Tartu_pedagoogiumi_aruanded, lk 24
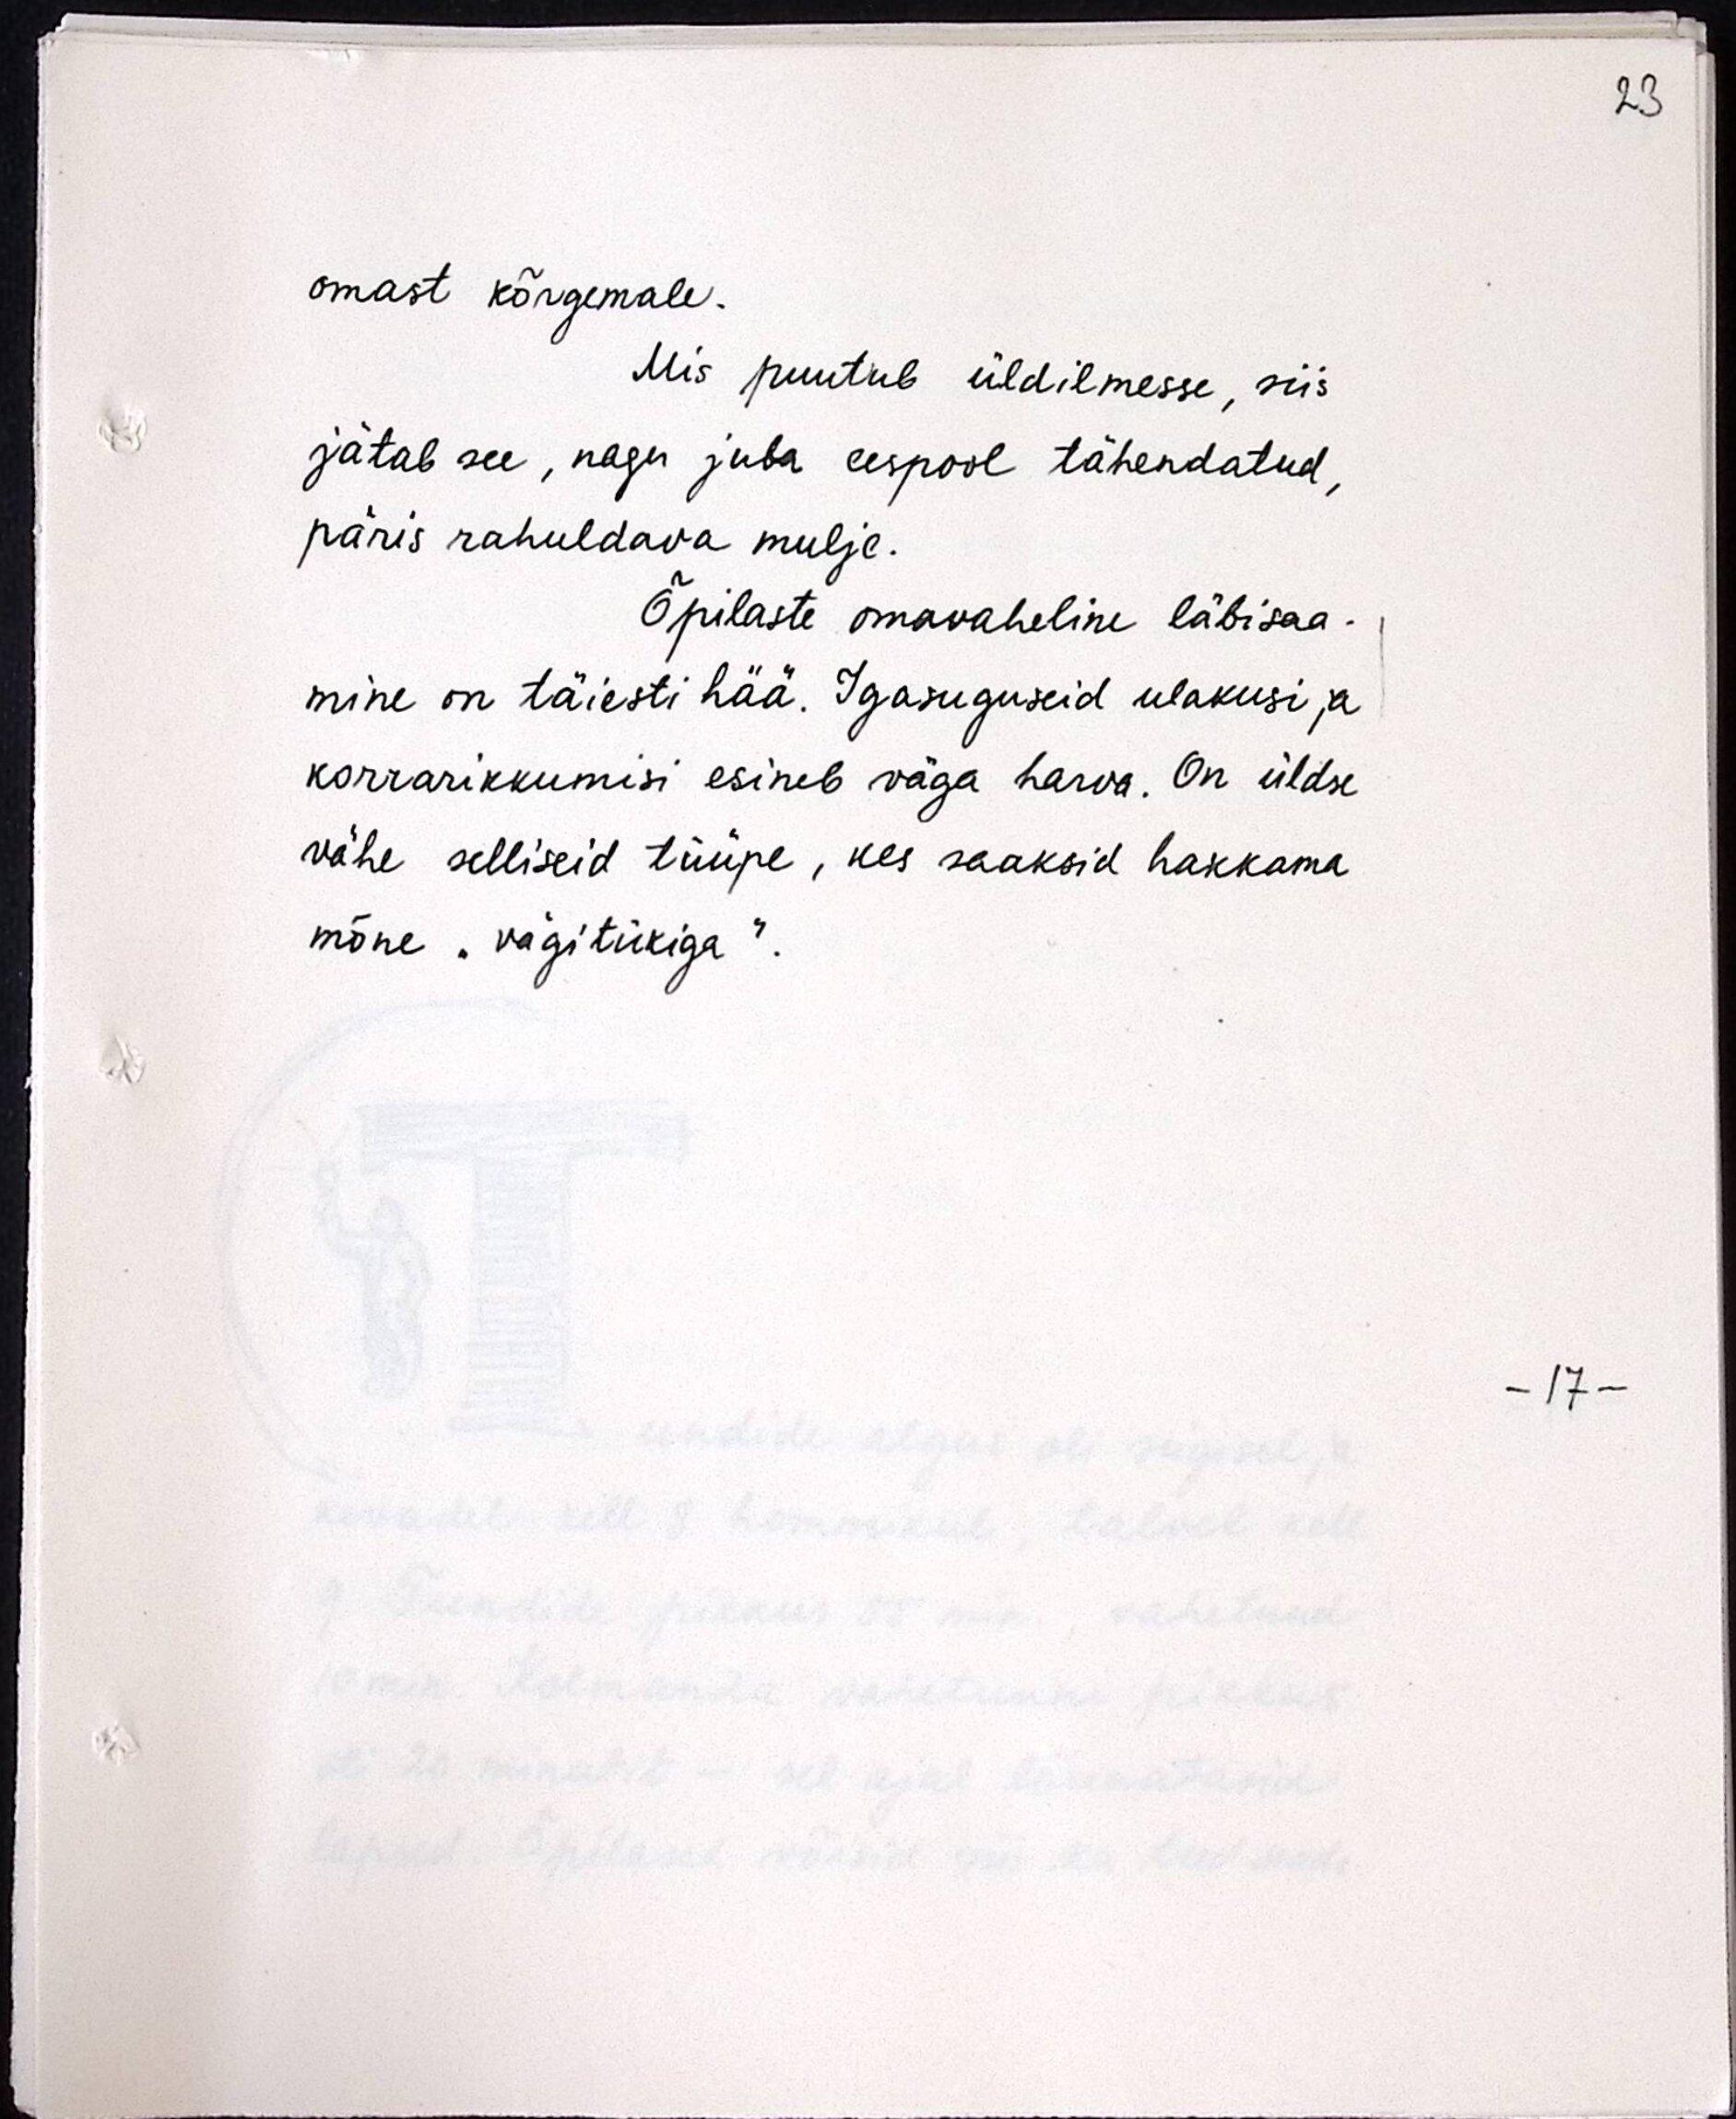
omast kõrgemale.
Mis puutub üldilmesse, siis
jätab see, nagu juba eespool tähendatud,
päris rahuldava mulje.
Õpilaste omavaheline läbisaa-
mine on täiesti hää. Igasuguseid ulakusi ja
korrarikkumisi esineb väga harva. On üldse
vähe selliseid tüüpe, kes saaksid hakkama
mõne "vägitükiga".